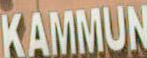
KAMMUN